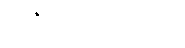
ဒီဒီဇိုင်းကိုမကြိုက်ဘူး။